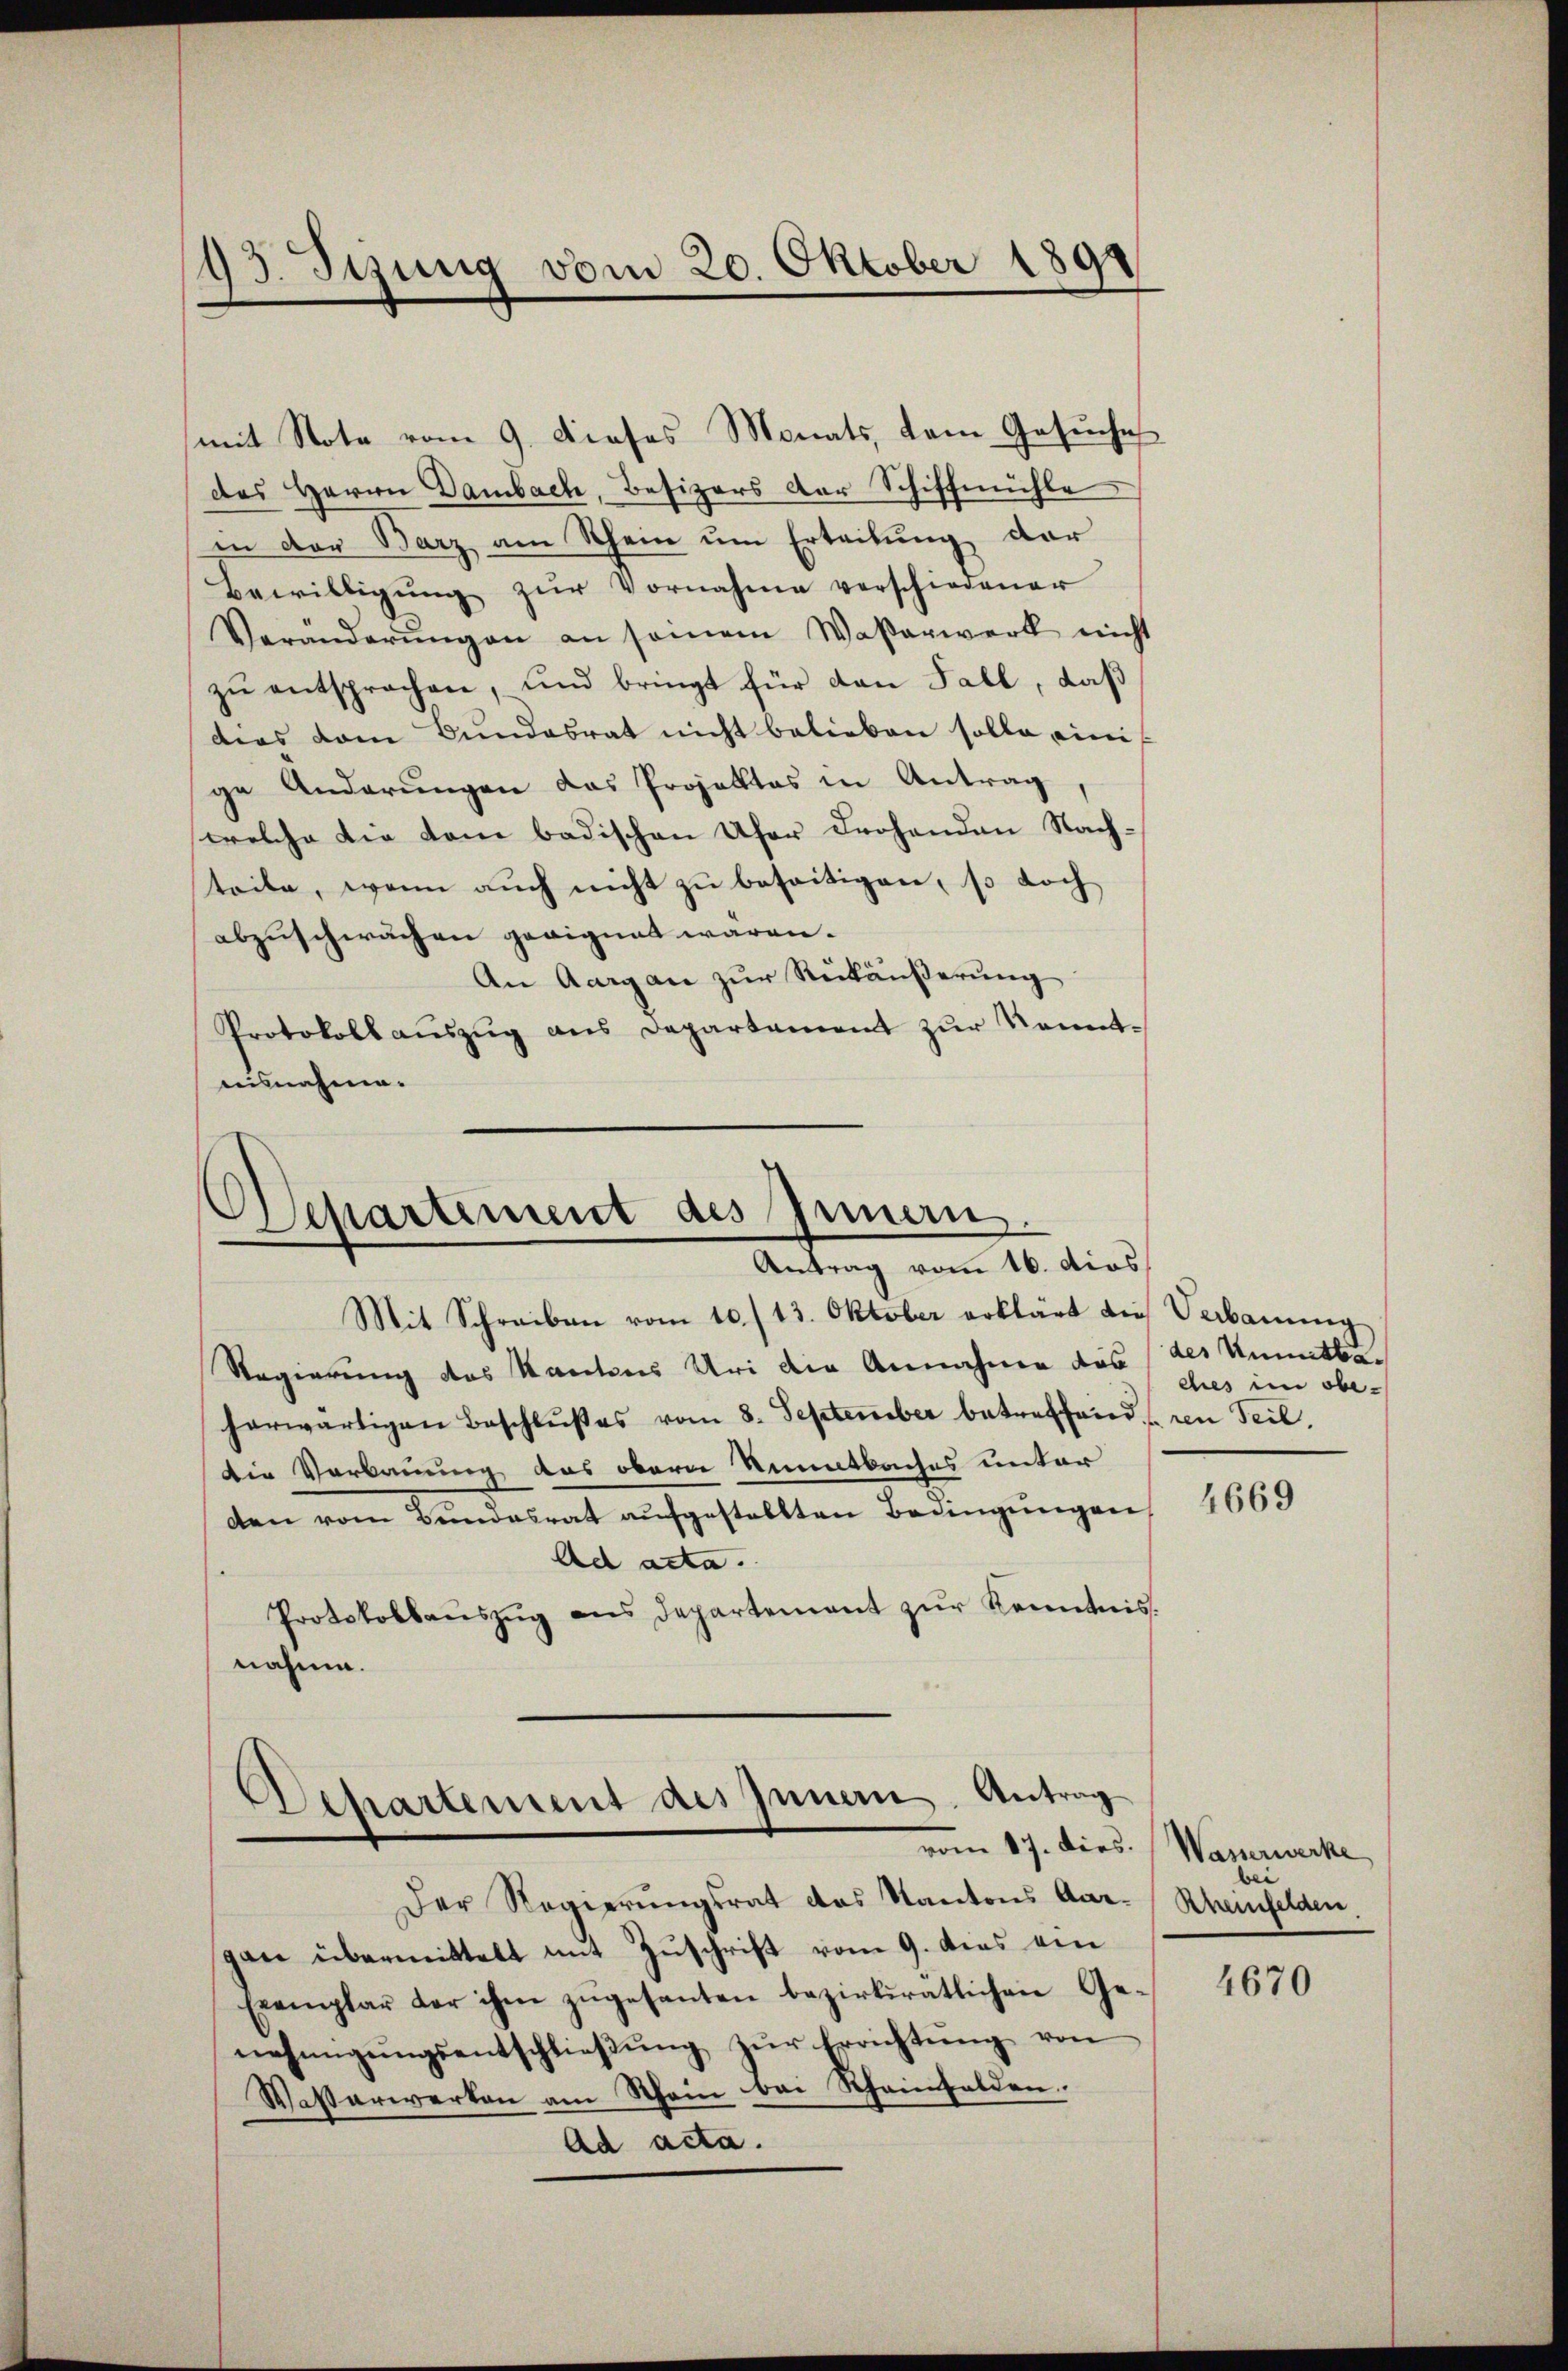
93. Jung vom 20. Oktober 1891

des Herrn Dambach, Besizers der Schiffmühle
in der Barz am Rhein ŭm Erteilŭng dar
Bewilligŭng zŭr Vornahme verschiedener
Veränderŭngen an seinem Waßerwerk nicht
zŭ entsprachen, und bringt für dan Fall, daß
dias vom Bundesrat nicht belieben solle eini
ge Anderungen das Projektes in Antrag
welche die dem badischen Ufer drohenden Nachteile, wenn auch nicht zu beseitigen, so doch
abzuschwächen geeignet waren.
An Aargau zŭr Rückäŭβerŭng
Protokoll aŭszŭg ans Departement zŭr Kennt-
nisnahme.

mit Note vom 9. Dieses Monats, dem Gesuche

Departement des Innern,
Antrag vom 16. dies

Mit Schreiben vom 10./13. Oktober erklärt die Verbanŭng
Regierung des Kantons Uri die Annahme des (des Unmitta
herwärtigen Beschlußes vom 8. September betreffend in Teil.
Die Verkannung das obern Sintbaches unter
den vom Bundesrat aufgestellten Bedingungen
Ad acta.
Protokollauszug aus Departement zur Kenntnis.
nahme.

Departement des Innern. Antrag
vom 17. dies.

ches im obe

Der Regierungsrat das Kantons Aar-
gan übermittelt mit Zuschrift vom 9. dies ein
Exemplar der ihm zŭgesanten bezirksratlichen Genehmigŭngsentschlieβŭng zŭr Errichtŭng von
Wasterwerken am Rhein bei Scheinhalden.
Ad acta.

4669

Wasserwerke
bei
Aneinfelden

4670